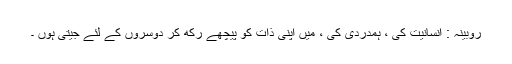
روبینہ : انسانیت کی ، ہمدردی کی ، میں اپنی ذات کو پیچھے رکھ کر دوسروں کے لئے جیتی ہوں ۔